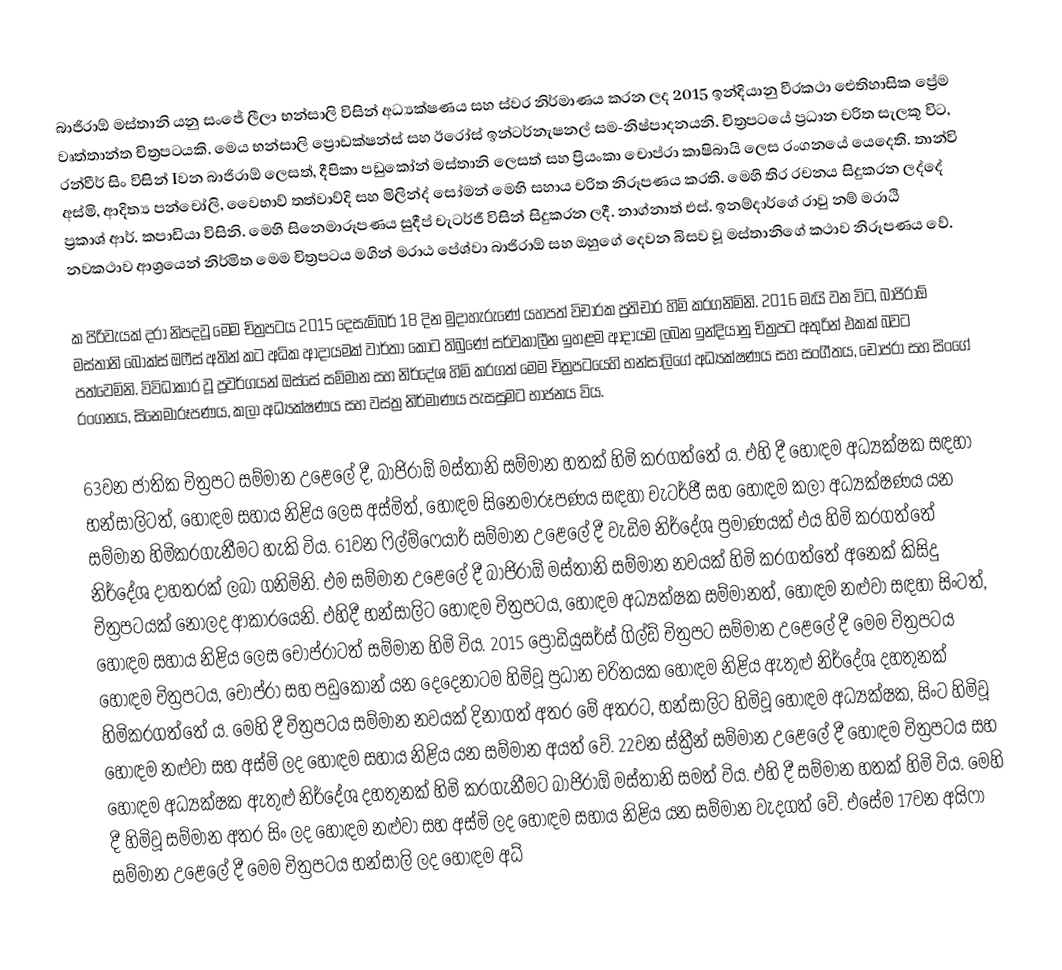
බාජිරාඕ මස්තානි යනු සංජේ ලීලා භන්සාලි විසින් අධ්‍යක්ෂණය සහ ස්වර නිර්මාණය කරන ලද 2015 ඉන්දියානු වීරකථා ඓතිහාසික ප්‍රේම වෘත්තාන්ත චිත්‍රපටයකි. මෙය භන්සාලි ප්‍රොඩක්ෂන්ස් සහ ඊරෝස් ඉන්ටර්නැෂනල් සම-නිෂ්පාදනයනි. චිත්‍රපටයේ ප්‍රධාන චරිත සැලකූ විට, රන්වීර් සිං විසින් Iවන බාජිරාඕ ලෙසත්, දීපිකා පඩුකෝන් මස්තානි ලෙසත් සහ ප්‍රියංකා චොප්රා කාෂිබායි ලෙස රංගනයේ යෙදෙති. තාන්වි අස්මි, ආදිත්‍ය පන්චෝලි, වෛභාව් තත්වාව්දි සහ මිලින්ද් සෝමන් මෙහි සහාය චරිත නිරූපණය කරති. ‍මෙහි තිර රචනය සිදුකරන ලද්දේ ප්‍රකාශ් ආර්. කපාඩියා විසිනි. මෙහි සිනෙමාරූපණය සුදීප් චැටර්ජී විසින් සිදුකරන ලදී. නාග්නාත් එස්. ඉනම්දාර්ගේ රාවු නම් මරාඨි නවකථාව ආශ්‍රයෙන් නිර්මිත මෙම චිත්‍රපටය මගින් මරාඨ පේශ්වා බාජිරාඕ සහ ඔහුගේ දෙවන බිසව වූ මස්තානිගේ කථාව නිරූපණය වේ.

ක පිරිවැයක් දරා නිපදවූ මෙම චිත්‍රපටය 2015 දෙසැම්බර් 18 දින මුදාහැරුණේ යහපත් විචාරක ප්‍රතිචාර හිමි කරගනිමිනි. 2016 මැයි වන විට, බාජිරාඕ මස්තානි බොක්ස් ඔෆීස් අතින් කට අධික ආදායමක් වාර්තා කොට තිබුණේ සර්වකාලීන ඉහළම ආදායම ලබන ඉන්දියානු චිත්‍රපට අතුරින් එකක් බවට පත්වෙමිනි. විවිධාකාර වූ ප්‍රවර්ගයන් ඔස්සේ සම්මාන සහ නිර්දේශ හිමි කරගත් මෙම චිත්‍රපටයෙහි භන්සාලිගේ අධ්‍යක්ෂණය සහ සංගීතය, චොප්රා සහ සිංගේ රංගනය, සිනෙමාරූපණය, කලා අධ්‍යක්ෂණය සහ වස්ත්‍ර නිර්මාණය පැසසුමට භාජනය විය.

63වන ජාතික චිත්‍රපට සම්මාන උළෙලේ දී, බාජිරාඕ මස්තානි සම්මාන හතක් හිමි කරගත්තේ ය. එහි දී හොඳම අධ්‍යක්ෂක සඳහා භන්සාලිටත්, හොඳම සහාය නිළිය ලෙස අස්මිත්, හොඳම සිනෙමාරූපණය සඳහා චැටර්ජී සහ හොඳම කලා අධ්‍යක්ෂණය යන සම්මාන හිමිකරගැනීමට හැකි විය. 61වන ෆිල්ම්ෆෙයාර් සම්මාන උළෙලේ දී වැඩිම නිර්දේශ ප්‍රමාණයක් එය හිමි කරගත්තේ නිර්දේශ දාහතරක් ලබා ගනිමිනි. එම සම්මාන උළෙලේ දී බාජිරාඕ මස්තානි සම්මාන නවයක් හිමි කරගත්තේ අනෙක් කිසිදු චිත්‍රපටයක් නොලද ආකාරයෙනි. එහිදී භන්සාලිට හොඳම චිත්‍රපටය, හොඳම අධ්‍යක්ෂක සම්මානත්, හොඳම නළුවා සඳහා සිංටත්, හොඳම සහාය නිළිය ලෙස චොප්රාටත් සම්මාන හිමි විය. 2015 ප්‍රොඩියුසර්ස් ගිල්ඩ් චිත්‍රපට සම්මාන උළෙලේ දී මෙම චිත්‍රපටය හොඳම චිත්‍රපටය, චොප්රා සහ පඩුකෝන් යන දෙදෙනාටම හිමිවූ ප්‍රධාන චරිතයක හොඳම නිළිය ඇතුළු නිර්දේශ දහතුනක් හිමිකරගත්තේ ය. මෙහි දී චිත්‍රපටය සම්මාන නවයක් දිනාගත් අතර මේ අතරට, භන්සාලිට හිමිවූ හොඳම අධ්‍යක්ෂක, සිංට හිමිවූ හොඳම නළුවා සහ අස්මි ලද හොඳම සහාය නිළිය යන සම්මාන අයත් වේ. 22වන ස්ක්‍රීන් සම්මාන උළෙලේ දී හොඳම චිත්‍රපටය සහ හොඳම අධ්‍යක්ෂක ඇතුළු නිර්දේශ දහතුනක් හිමි කරගැනීමට බාජිරාඕ මස්තානි සමත් විය. එහි දී සම්මාන හතක් හිමි විය. මෙහි දී හිමිවූ සම්මාන අතර සිං ලද හොඳම නළුවා සහ අස්මි ලද හොඳම සහාය නිළිය යන සම්මාන වැදගත් වේ. එසේම 17වන අයිෆා සම්මාන උළෙලේ දී මෙම චිත්‍රපටය භන්සාලි ලද හොඳම අධ්